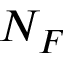
N _ { F }